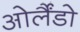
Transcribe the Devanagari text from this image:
ओर्लैंडो